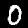
Digit: 0